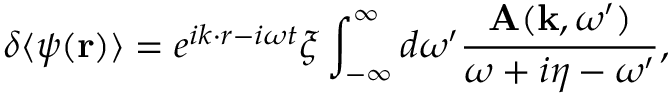
\delta \langle \psi ( \mathbf { r } ) \rangle = e ^ { i k \cdot r - i \omega t } \xi \int _ { - \infty } ^ { \infty } d \omega ^ { \prime } \frac { \mathbf { A } ( \mathbf { k } , \omega ^ { \prime } ) } { \omega + i \eta - \omega ^ { \prime } } ,